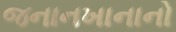
જનાનખાનાનો